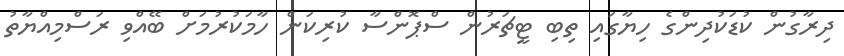
ދިރާގުން ކުޑަކުދިންގެ ހިޔާގައި ތިބި ޓީޗަރުން ސްޕޮންސާ ކުރިކަން ހާމަކުރުމަށް ބޭއްވި ރަސްމިއްޔާތު